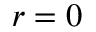
r = 0